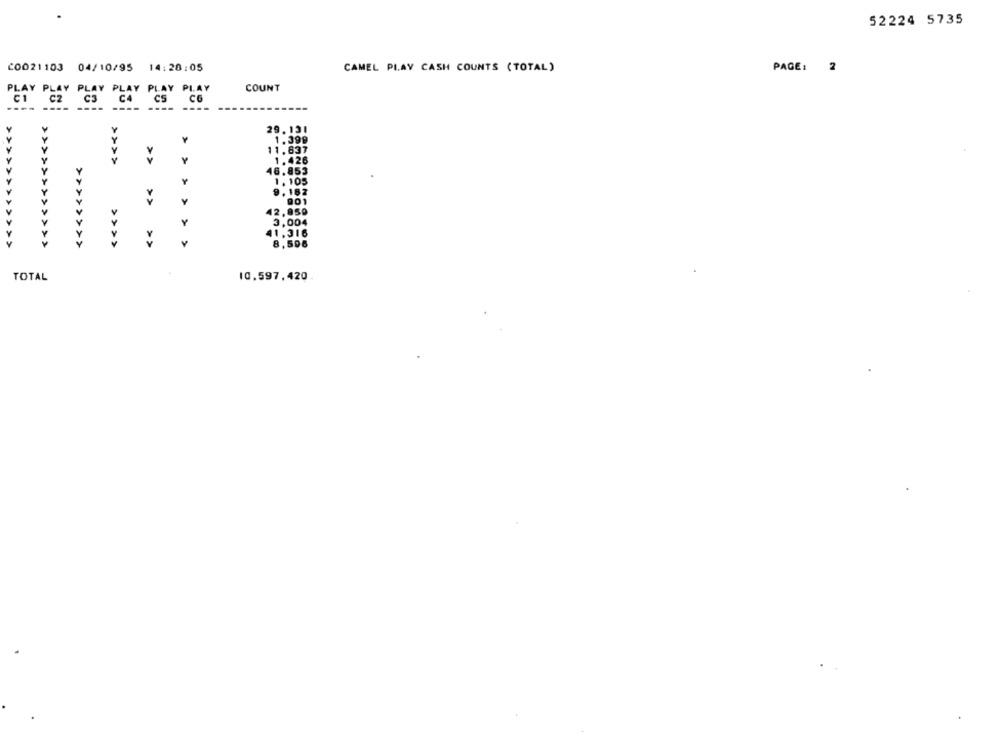
52224 5735
20021103 04/10/95 14:20:05
CAMEL PLAY CASH COUNTS (TOTAL)
PAGE: 2
COUNT
PLAY PLAY PLAY PLAY PLAY PLAY
C3 C4 CS CG
-------
29.131
1.399
11.637
>>
1.426
46.853
Y
1.105
9.162
<<<<
>>
Y
001
42,950
Y
Y
3,004
41.316
>>>>>>>>>>>>
> >
8,506
TOTAL
10.597,420